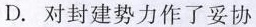
D.对封建势力作了妥协